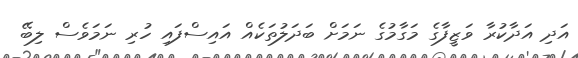
އަދި އަދާކުރާ ވަޒީފާގެ މަގާމުގެ ނަމަށް ބަދަލުތަކެއް އައިސްފައި ހުރި ނަމަވެސް ލިބޭ